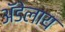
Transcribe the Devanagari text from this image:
अॅडेलाय